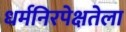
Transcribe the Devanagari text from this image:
धर्मनिरपेक्षतेला